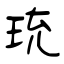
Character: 珫